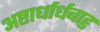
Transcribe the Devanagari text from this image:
अष्टार्धार्धबाहु